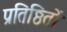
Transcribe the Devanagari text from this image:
प्रतिष्ठितों